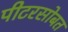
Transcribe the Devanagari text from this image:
पीटरसोबत